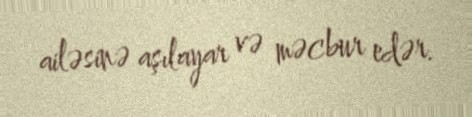
ailəsinə aşılayar və məcbur edər.